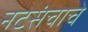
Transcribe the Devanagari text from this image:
नटसंचाचे